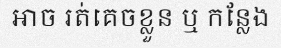
អាច រត់គេចខ្លួន ឬ កន្លែង